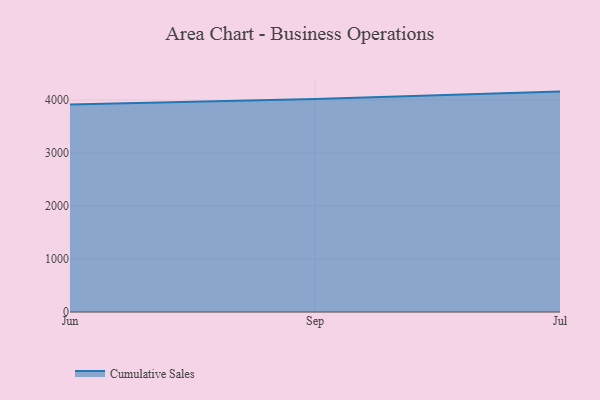
{"axis": {"x": "Month", "y": "Churn Rate (%)"}, "legend": ["Cumulative Sales"], "data": [{"x": "Jun", "y": 3912.7, "type": "Cumulative Sales"}, {"x": "Sep", "y": 4019.6, "type": "Cumulative Sales"}, {"x": "Jul", "y": 4158.0, "type": "Cumulative Sales"}]}